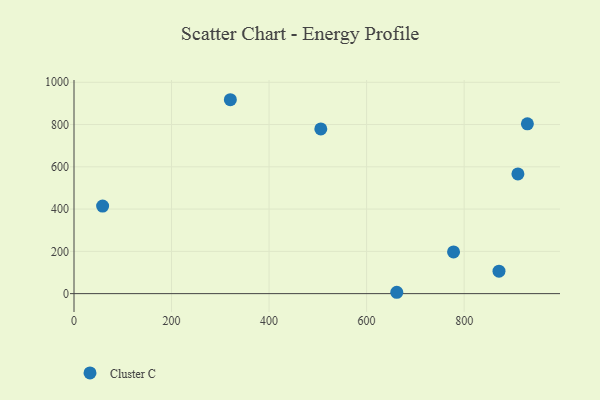
{"axis": {"x": "Price", "y": "Fuel Efficiency"}, "legend": ["Cluster C"], "data": [{"x": "58.7", "y": 414.4, "type": "Cluster C"}, {"x": "661.9", "y": 6.4, "type": "Cluster C"}, {"x": "929.7", "y": 803.2, "type": "Cluster C"}, {"x": "871.5", "y": 106.3, "type": "Cluster C"}, {"x": "910.3", "y": 566.4, "type": "Cluster C"}, {"x": "506.1", "y": 779.1, "type": "Cluster C"}, {"x": "778.3", "y": 197.4, "type": "Cluster C"}, {"x": "320.6", "y": 917.4, "type": "Cluster C"}]}